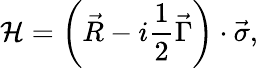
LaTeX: {\cal H}=\left(\vec{R}-i\frac 12\vec{\Gamma}\right)\cdot\vec{\sigma},